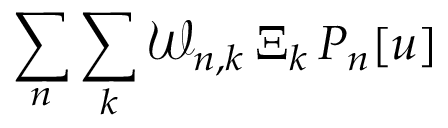
\sum _ { n } \sum _ { k } \mathcal { W } _ { n , k } \, \Xi _ { k } \, P _ { n } [ u ]